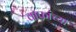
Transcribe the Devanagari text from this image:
वाफांच्या